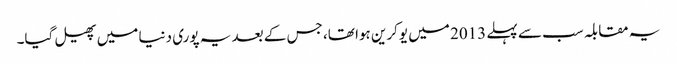
یہ مقابلہ سب سے پہلے 2013 میں یوکرین ہوا تھا، جس کے بعد یہ پوری دنیا میں پھیل گیا۔